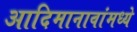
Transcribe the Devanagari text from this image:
आदिमानावांमध्ये